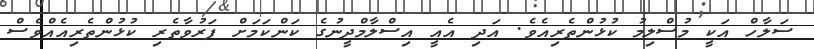
ސަލާހް އަކީ މުސްލިމު ކުޅުންތެރިއެވެ. އަދި އެއީ އިސްލާމްދީނުގެ ކަންކަމަށް ފަރުވާތެރި ކުޅުންތެރިއެއްވެސް